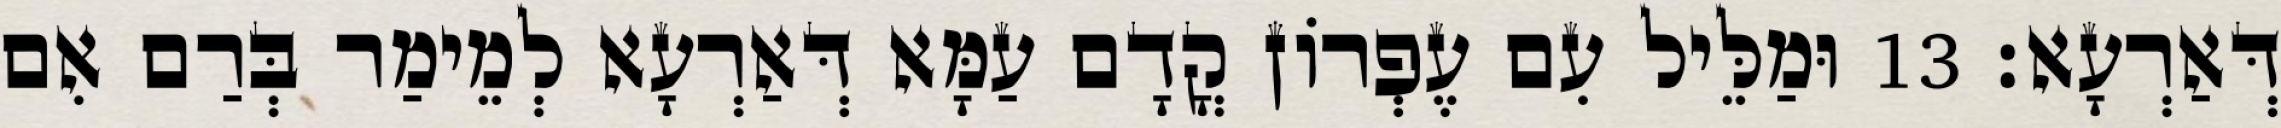
דְּאַרְעָא׃ 13 וּמַלֵּיל עִם עֶפְרוֹן קֳדָם עַמָּא דְּאַרְעָא לְמֵימַר בְּרַם אִם